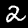
Digit: 2